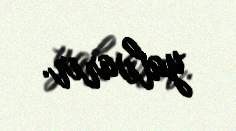
yalvarır.